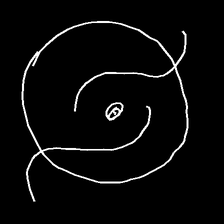
Glyph: repetition